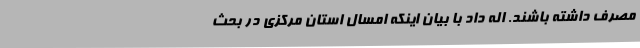
مصرف داشته باشند. اله داد با بیان اینکه امسال استان مرکزی در بحث